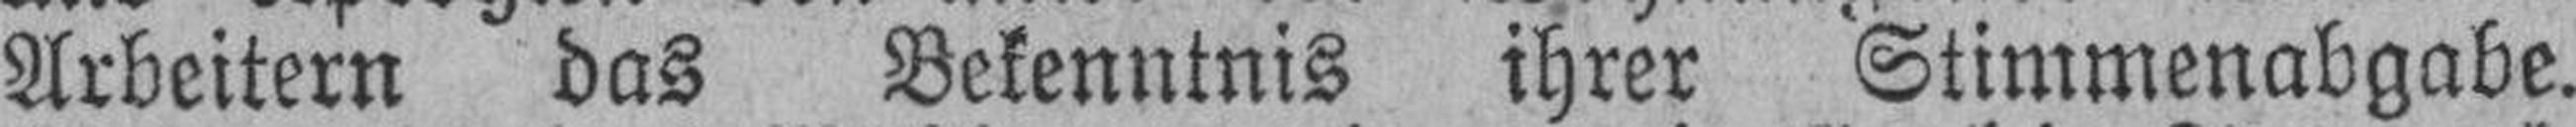
Arbeitern das Bekenntnis ihrer Stimmenabgabe.